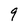
Character: 9